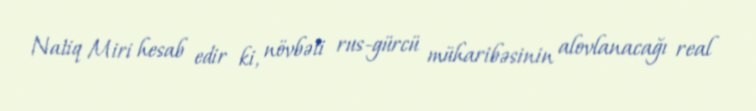
Natiq Miri hesab edir ki, növbəti rus-gürcü müharibəsinin alovlanacağı real